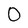
Character: 0